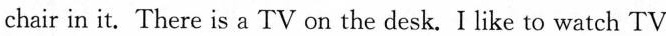
chair in it. There is a TV on the desk. I like to watch TV